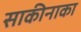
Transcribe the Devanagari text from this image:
साकीनाका